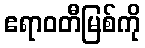
ဧရာဝတီမြစ်ကို